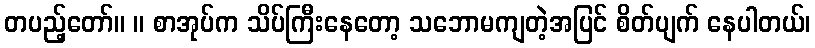
တပည့်တော်။ ။ စာအုပ်က သိပ်ကြီးနေတော့ သဘောမကျတဲ့အပြင် စိတ်ပျက် နေပါတယ်၊